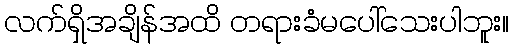
လက်ရှိအချိန်အထိ တရားခံမပေါ်သေးပါဘူး။